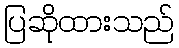
ပြဆိုထားသည်